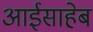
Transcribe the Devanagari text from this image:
आईसाहेब